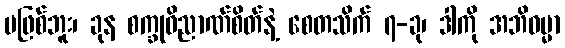
မဖြစ်ဘူး၊ ခုန စက္ခုဝိညာဏ်စိတ်နဲ့ စေတသိက် ၇-ခု၊ ဒါကို အဘိဓမ္မာ